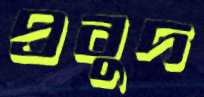
প্রবুদ